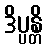
ဒိပ္ပန္တိ